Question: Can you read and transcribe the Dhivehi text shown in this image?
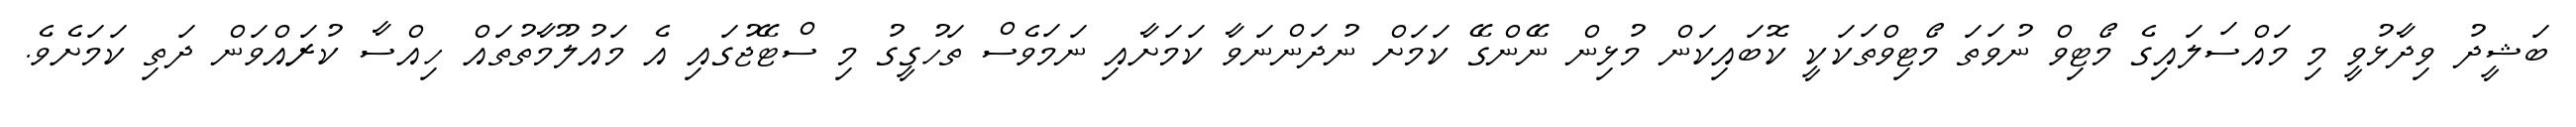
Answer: ބަޝީދު ވިދާޅުވީ މި މައްސަލައިގެ މޯޓިވް ނުވަތަ މޯޓިވްތަކަކީ ކޮބައިކަން މުޅިން ނޭންގޭ ކަމަށް ނުދަންނަވާ ކަމަށާއި ނަމަވެސް ތަހުގީގު މި ސްޓޭޖުގައި އެ މައުލޫމާތުތައް ހިއްސާ ކުރައްވަން ދަތި ކަމަށެވެ.